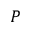
P